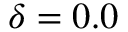
\delta = 0 . 0